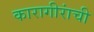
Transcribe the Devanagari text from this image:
कारागीरांची